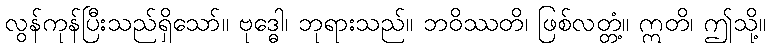
လွန်ကုန်ပြီးသည်ရှိသော်။ ဗုဒ္ဓေါ၊ ဘုရားသည်။ ဘဝိဿတိ၊ ဖြစ်လတ္တံ့။ ဣတိ၊ ဤသို့။